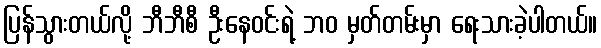
ပြန်သွားတယ်လို့ ဘီဘီစီ ဦးနေဝင်းရဲ့ ဘဝ မှတ်တမ်းမှာ ရေးသားခဲ့ပါတယ်။